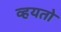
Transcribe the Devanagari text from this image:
व्हयतो